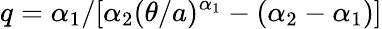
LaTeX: q=\alpha_{1}/[\alpha_{2}(\theta/a)^{\alpha_{1}}-(\alpha_{2}-\alpha_{1})]